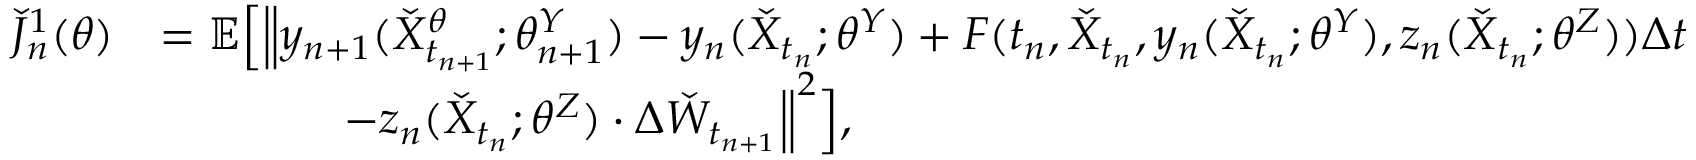
\begin{array} { r l } { \check { J } _ { n } ^ { 1 } ( \theta ) } & { = \mathbb { E } \Big [ \Big \| y _ { n + 1 } ( \check { X } _ { t _ { n + 1 } } ^ { \theta } ; { \theta _ { n + 1 } ^ { Y } } ) - y _ { n } ( \check { X } _ { t _ { n } } ; { \theta ^ { Y } } ) + F ( t _ { n } , \check { X } _ { t _ { n } } , y _ { n } ( \check { X } _ { t _ { n } } ; { \theta ^ { Y } } ) , z _ { n } ( \check { X } _ { t _ { n } } ; { \theta ^ { Z } } ) ) \Delta t } \\ & { \qquad \qquad - z _ { n } ( \check { X } _ { t _ { n } } ; { \theta ^ { Z } } ) \cdot \Delta \check { W } _ { t _ { n + 1 } } \Big \| ^ { 2 } \Big ] , } \end{array}